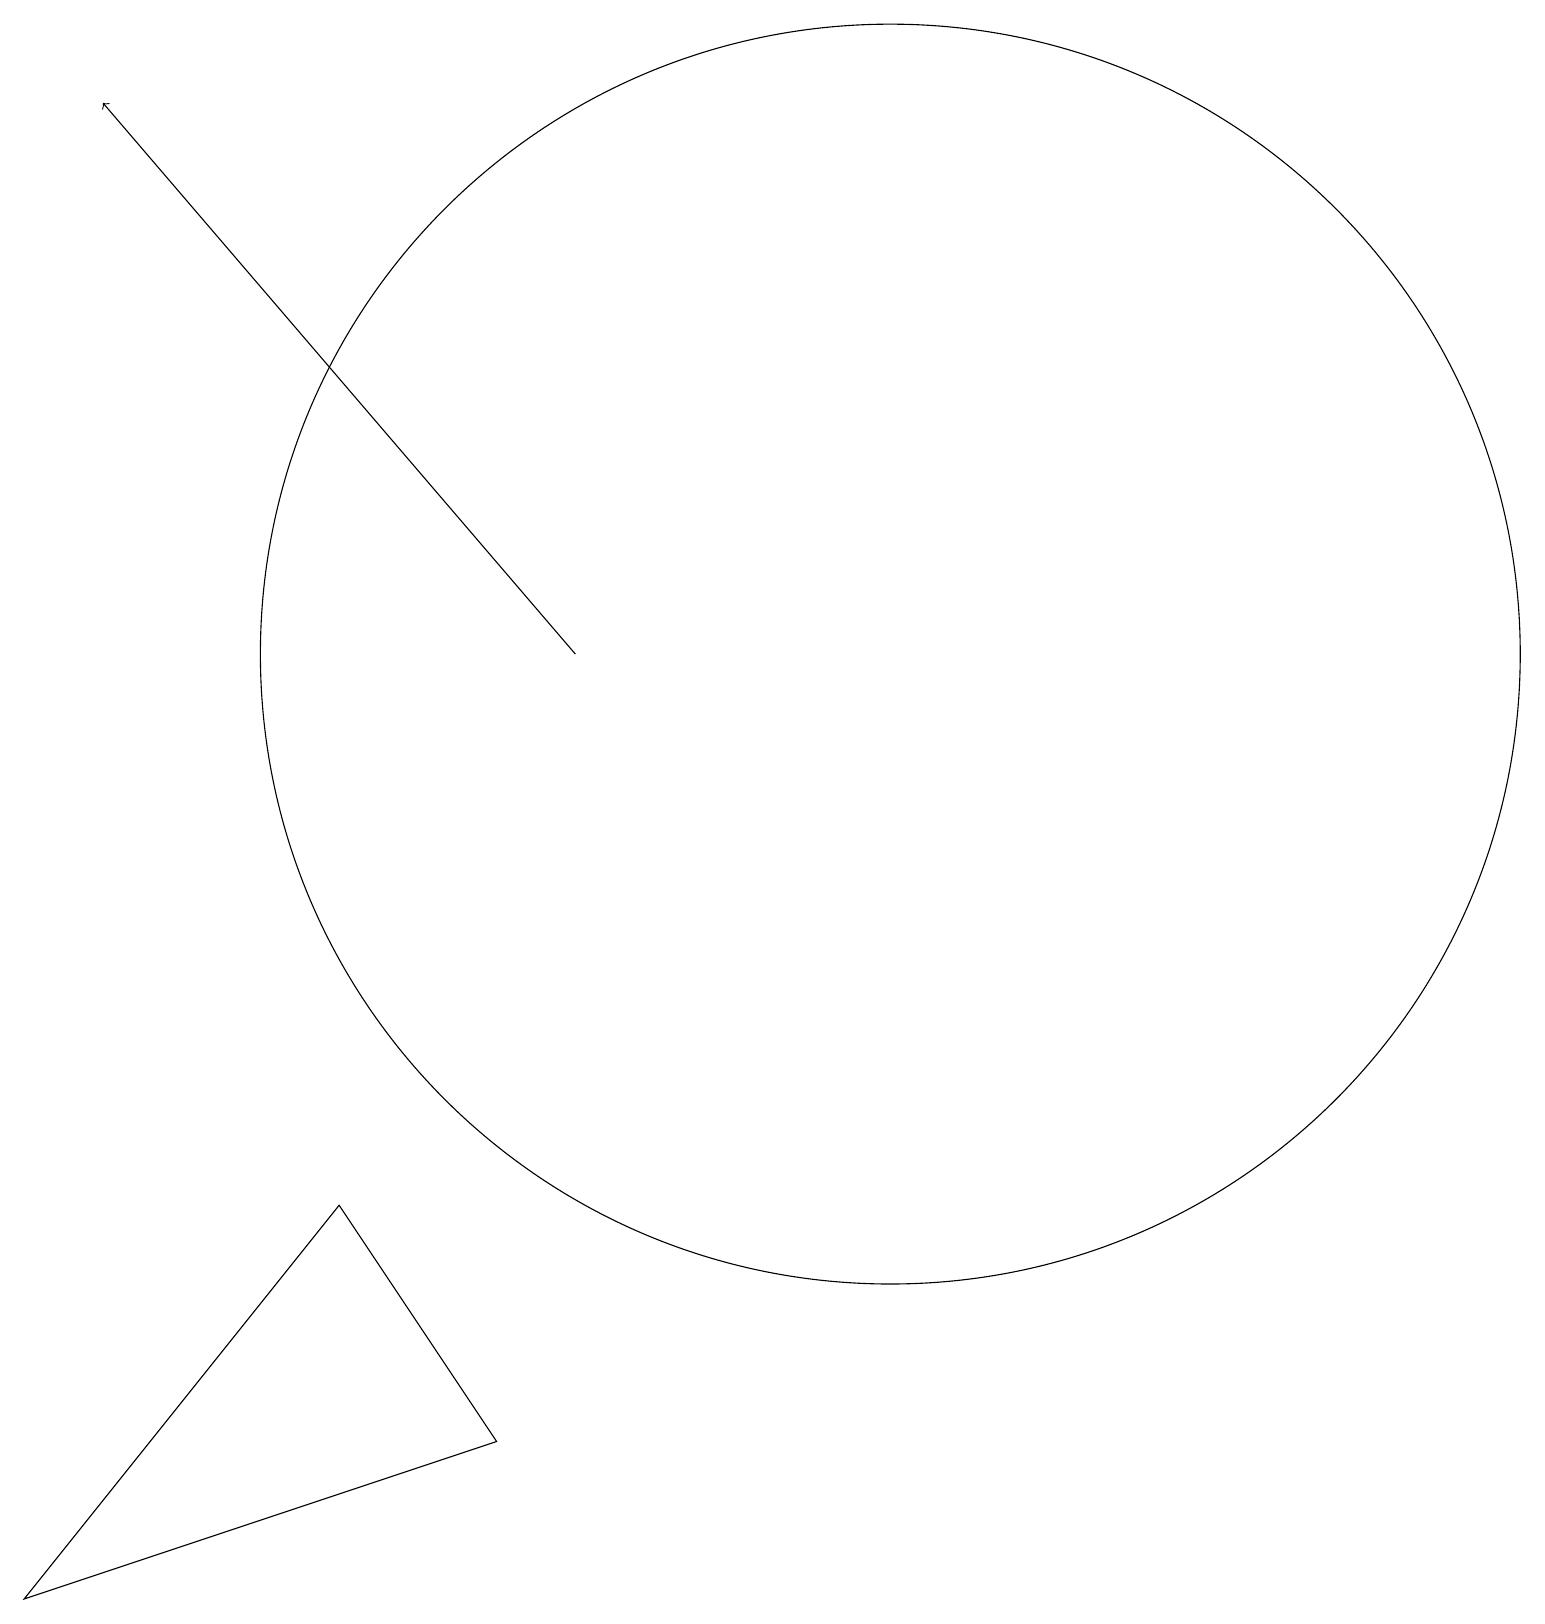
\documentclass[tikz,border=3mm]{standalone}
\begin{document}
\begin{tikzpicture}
\draw (11,12) circle (8);
\draw (4,5) -- (0,0) -- (6,2) -- cycle;
\draw[->] (7,12) -- (1,19);
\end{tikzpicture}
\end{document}